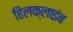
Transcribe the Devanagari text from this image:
हिलक्‍लाइंब